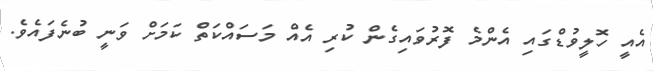
އެއީ ހޮލީވުޑްގައި އެންމެ ފޮރުވައިގެން ކުރި އެއް މަސައްކަތް ކަމަށް ވަނީ ބުނެފައެވެ.